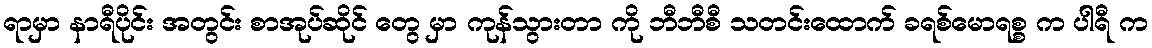
ရာမှာ နာရီပိုင်း အတွင်း စာအုပ်ဆိုင် တွေ မှာ ကုန်သွားတာ ကို ဘီဘီစီ သတင်းထောက် ခရစ်မောရစ္စ က ပါရီ က